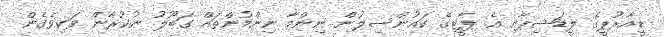
ޑީއާރުޕީގެ ލީޑަޝިޕާއި އެ ޕާޓީގެ ކައުންސިލުން ނިންމާ ނިންމުންތައް ގަބޫލު ނުކުރާން ވަކިވެގެން